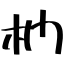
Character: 椚